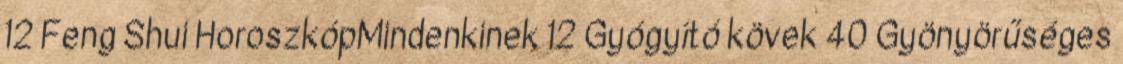
12 Feng Shui HoroszkópMindenkinek 12 Gyógyító kövek 40 Gyönyörűséges